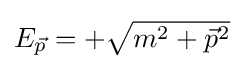
{\textstyle E_{\vec {p}}=+{\sqrt {m^{2}+{\vec {p}}^{2}}}}